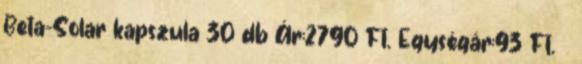
Beta-Solar kapszula 30 db Ár:2790 Ft. Egységár:93 Ft.